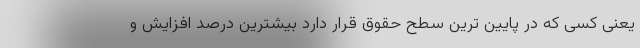
یعنی کسی که در پایین ترین سطح حقوق قرار دارد بیشترین درصد افزایش و